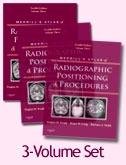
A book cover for Merrill's Atlas of Radiographic Positioning and Procedures: 3-Volume Set, 12e; Eugene D. Frank MA  RT(R)  FASRT  FAEIRS; Medical Books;